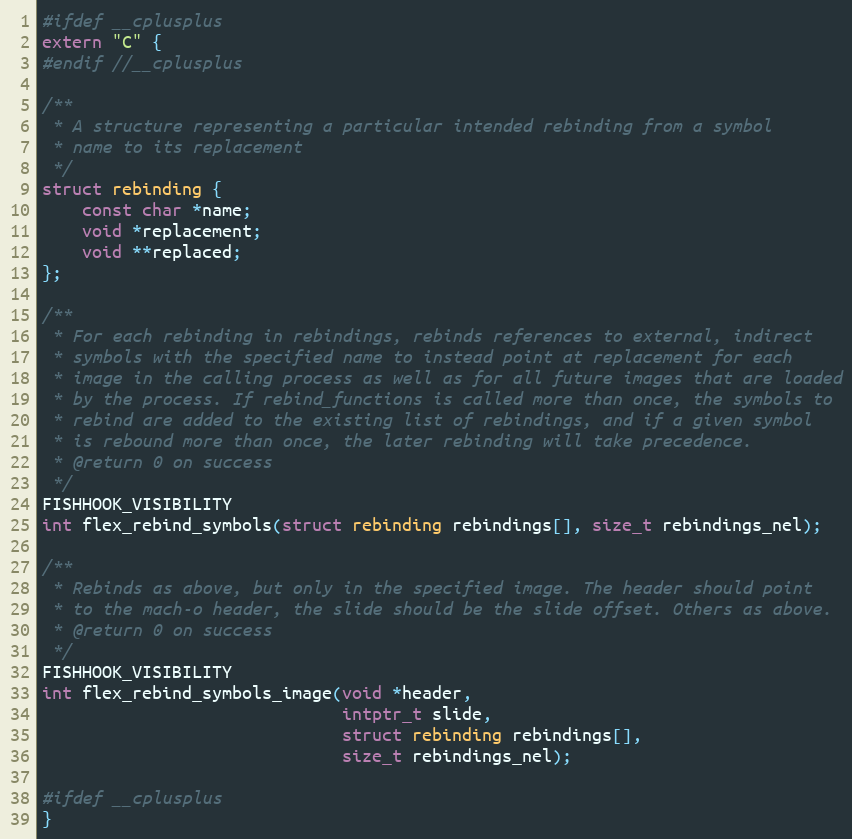
Language: C
#ifdef __cplusplus
extern "C" {
#endif //__cplusplus

/**
 * A structure representing a particular intended rebinding from a symbol
 * name to its replacement
 */
struct rebinding {
    const char *name;
    void *replacement;
    void **replaced;
};

/**
 * For each rebinding in rebindings, rebinds references to external, indirect
 * symbols with the specified name to instead point at replacement for each
 * image in the calling process as well as for all future images that are loaded
 * by the process. If rebind_functions is called more than once, the symbols to
 * rebind are added to the existing list of rebindings, and if a given symbol
 * is rebound more than once, the later rebinding will take precedence.
 * @return 0 on success
 */
FISHHOOK_VISIBILITY
int flex_rebind_symbols(struct rebinding rebindings[], size_t rebindings_nel);

/**
 * Rebinds as above, but only in the specified image. The header should point
 * to the mach-o header, the slide should be the slide offset. Others as above.
 * @return 0 on success
 */
FISHHOOK_VISIBILITY
int flex_rebind_symbols_image(void *header,
                              intptr_t slide,
                              struct rebinding rebindings[],
                              size_t rebindings_nel);

#ifdef __cplusplus
}